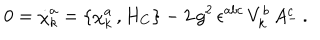
LaTeX: 0 = { \dot { \chi } } _ { k } ^ { a } = \{ \chi _ { k } ^ { a } \, , H _ { C } \} - 2 \, g ^ { 2 } \, \epsilon ^ { a b c } \, V _ { k } ^ { b } \, A _ { - } ^ { c } \, .